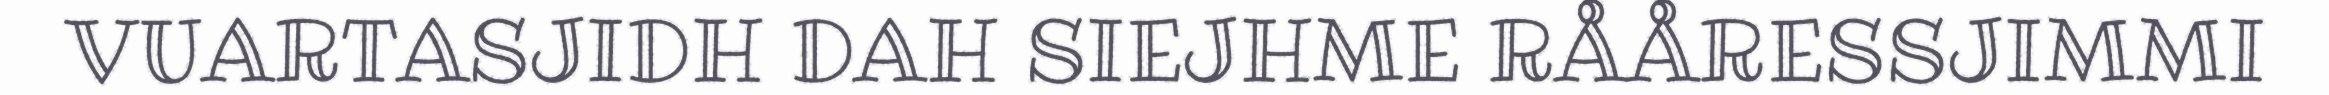
VUARTASJIDH DAH SIEJHME RÅÅRESSJIMMI